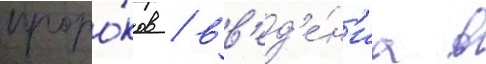
проро́ков / вв'ед'е́н'иа в